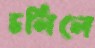
চলিলে